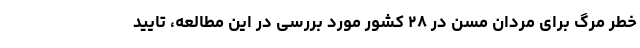
خطر مرگ برای مردان مسن در ۲۸ کشور مورد بررسی در این مطالعه، تایید